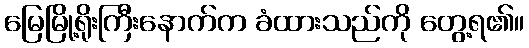
မြေမြို့ရိုးကြီးနောက်က ခံထားသည်ကို တွေ့ရ၏။